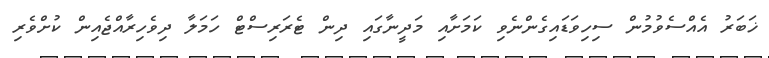
ޚަބަރު އެއްސެވުމުން ސިހިވަޑައިގެންނެވި ކަމަށާއި މަދީނާގައި ދިން ޓެރަރިސްޓް ހަމަލާ ދިވެހިރާއްޖެއިން ކުށްވެރި